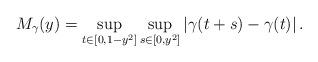
LaTeX: \begin{align*}M_{\gamma}(y) = \sup_{t \in [0,1-y^2]} \sup_{s \in [0, y^2]} \left|\gamma(t+s)-\gamma(t) \right|.\end{align*}